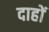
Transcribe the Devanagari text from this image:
दाहों